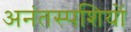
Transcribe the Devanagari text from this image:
अनंतस्पशियों